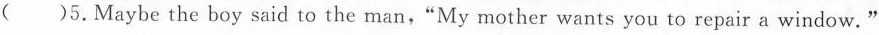
( )5.Maybe the boy said to the man, "My mother wants you to repair a window."